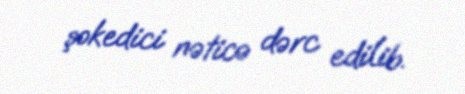
şokedici nəticə dərc edilib.